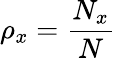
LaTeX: \rho_{x}=\frac{N_{x}}{N}